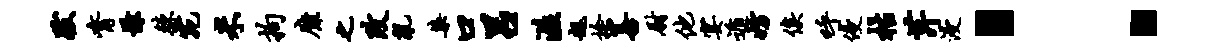
跋觜慊棘宛米拘靡之改乱染口吕溢趄舍善尉他宴遁妨俟呼侵枯芹浸：